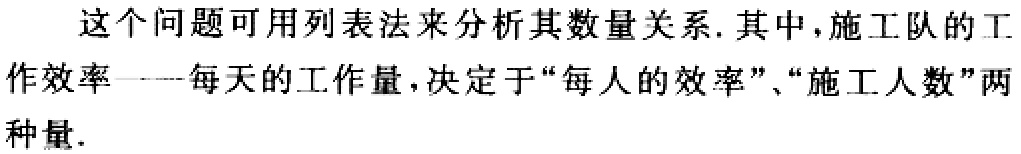
这个问题可用列表法来分析其数量关系. 其中，施工队的工作效率——每天的工作量，决定于“每人的效率”、“施工人数”两种量.